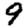
Digit: 9